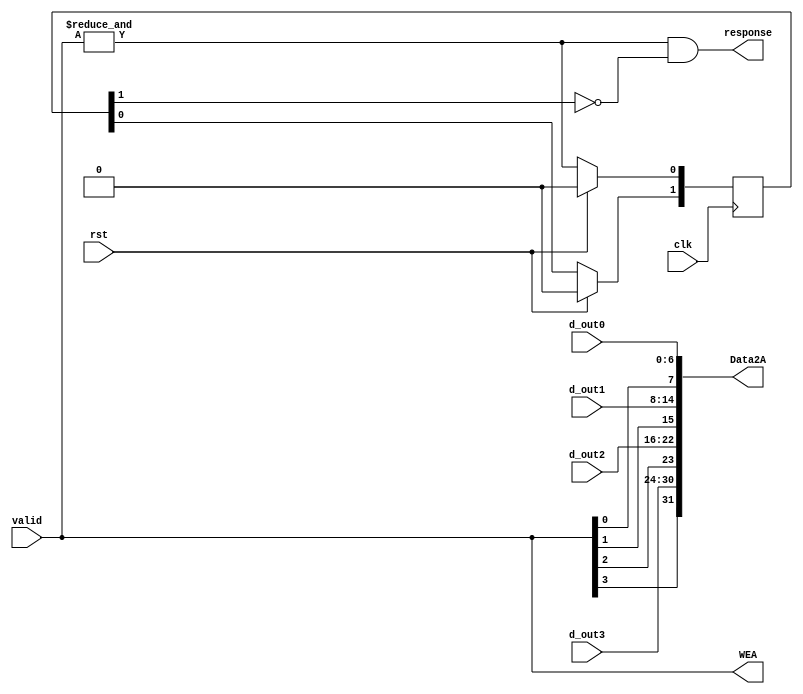
`timescale 1ns / 1ps


module MBT_output_interface(
    input wire clk,
    input wire rst,
    input wire [3:0] valid,
    input wire [6:0] d_out0,
    input wire [6:0] d_out1,
    input wire [6:0] d_out2,
    input wire [6:0] d_out3,
    // input wire [3:0] MBT_response,
    output wire [3:0] WEA,
    output wire response,
    output wire [31:0] Data2A
    );

    reg [1:0] delay;

    // FSM -> State Transition Block
    always @(posedge clk) begin
        if (rst == 1) begin
            delay <= 0;
        end
        else begin
            delay[0] <= &valid[3:0];
            delay[1] <= delay[0];
        end
    end
    assign response = (&valid[3:0]) & (~delay[1]);
    assign WEA = valid;
    assign Data2A = {valid[3], d_out3, valid[2], d_out2, valid[1], d_out1, valid[0], d_out0};

endmodule